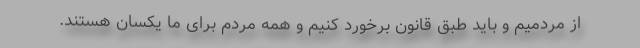
از مردمیم و باید طبق قانون برخورد کنیم و همه مردم برای ما یکسان هستند.